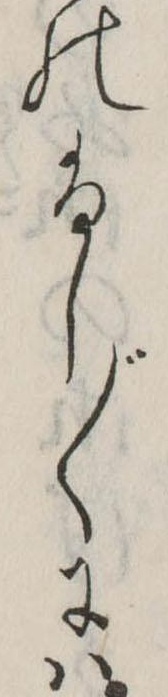
のふし〲には